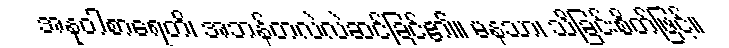
အနုဝါစာရေတိ၊ အဘန်တလဲလဲဆင်ခြင်၏။ မနသာ၊ သိခြင်းစိတ်ဖြင့်။